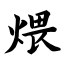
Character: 煨